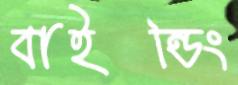
বাইন্ডিং